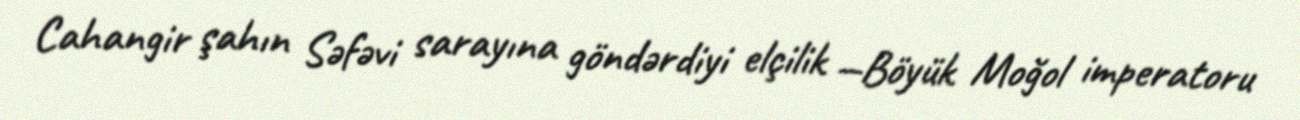
Cahangir şahın Səfəvi sarayına göndərdiyi elçilik —Böyük Moğol imperatoru